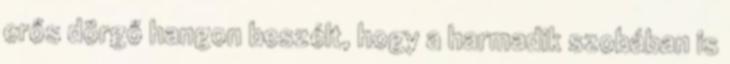
erős dörgő hangon beszélt, hogy a harmadik szobában is